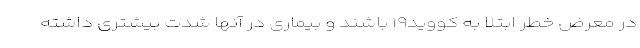
در معرض خطر ابتلا به کووید۱۹ باشند و بیماری در آنها شدت بیشتری داشته